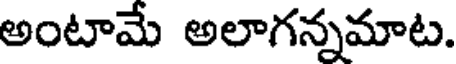
అంటామే అలాగన్నమాట.